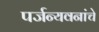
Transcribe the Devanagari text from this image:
पर्जन्यवनांचे